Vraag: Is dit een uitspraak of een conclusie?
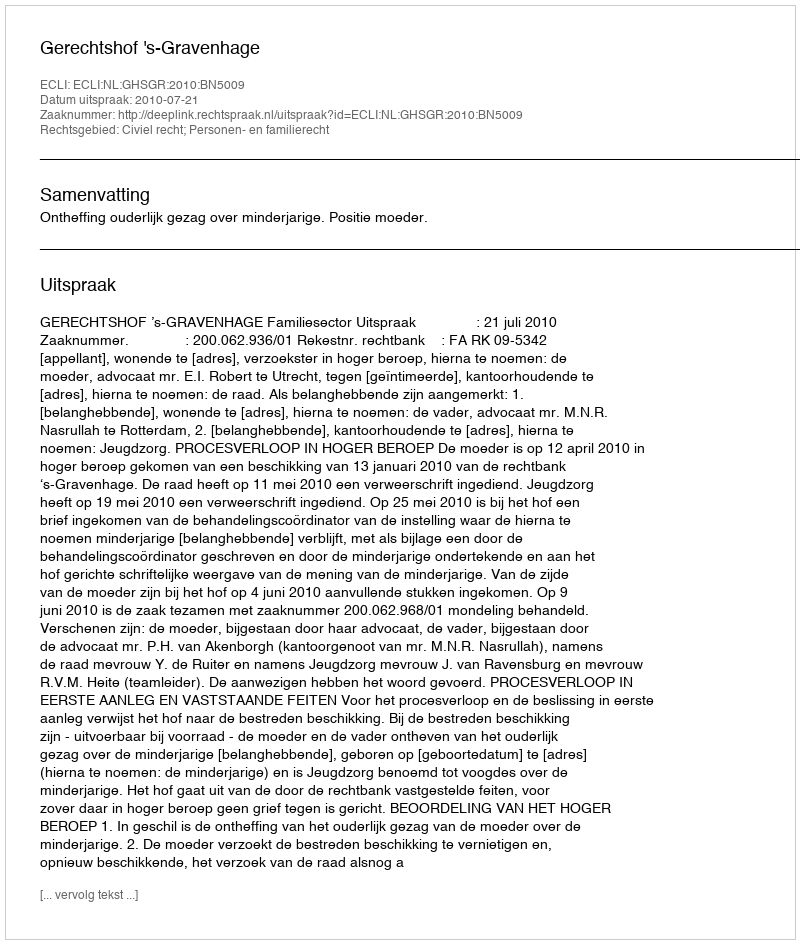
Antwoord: Uitspraak